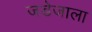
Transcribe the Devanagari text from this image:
जडेजाला